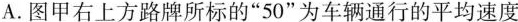
A.图甲右上方路牌所标的”50”为车辆通行的平均速度